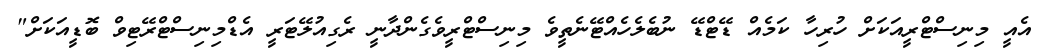
އެއީ މިނިސްޓްރީއަކަށް ހުރިހާ ކަމެއް ޑޭޓްޑޭ ނުބެލެހެއްޓޭނެތީވެ މިނިސްޓްރީވެގެންދާނީ ރެގިއުލޭޓަރީ އެޑްމިނިސްޓްރޭޓިވް ބޮޑީއަކަށް"